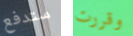
ستدفع وقررت